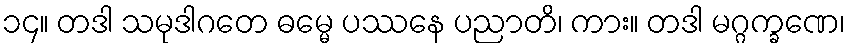
၁၄။ တဒါ သမုဒါဂတေ ဓမ္မေ ပဿနေ ပညာတိ၊ ကား။ တဒါ မဂ္ဂက္ခဏေ၊